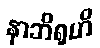
နာဘိရုဟိ